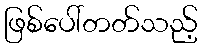
ဖြစ်ပေါ်တတ်သည့်